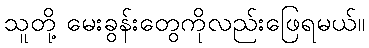
သူတို့ မေးခွန်းတွေကိုလည်းဖြေရမယ်။